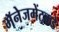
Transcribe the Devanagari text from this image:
मॅनेजमेंटकडे